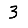
Digit: 3